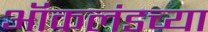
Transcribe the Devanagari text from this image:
ऑकलंडच्या